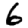
Digit: 6